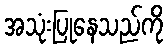
အသုံးပြုနေသည်ကို